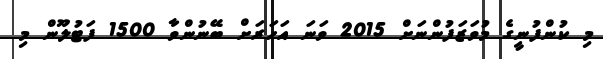
މި ކުންފުނީގެ މުވަޒަފުންނަށް 2015 ވަނަ އަހަރަށް ބޭނުންވާ 1500 ފަޓުލޫން މި